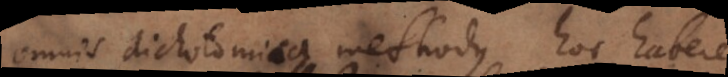
Omnis dichotomica methodus hoc habere